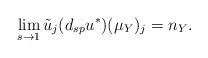
LaTeX: \begin{align*}\lim_{s\rightarrow 1} \tilde{u}_{j}(d_{sp}u^*)(\mu_Y)_j = n_Y. \end{align*}